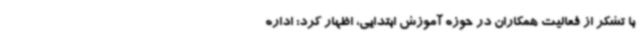
با تشکر از فعالیت همکاران در حوزه آموزش ابتدایی، اظهار کرد: اداره